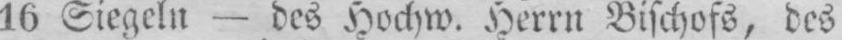
16 Siegeln - des Hochw. Herrn Bischofs, des